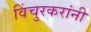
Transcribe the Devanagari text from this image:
विंचुरकरांनी